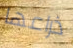
ذراعها